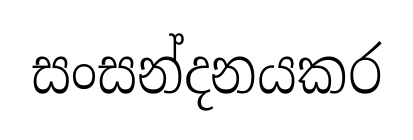
සංසන්දනයකර